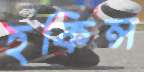
হকিন্স